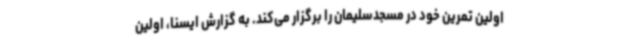
اولین تمرین خود در مسجدسلیمان را برگزار می‌کند. به گزارش ایسنا، اولین